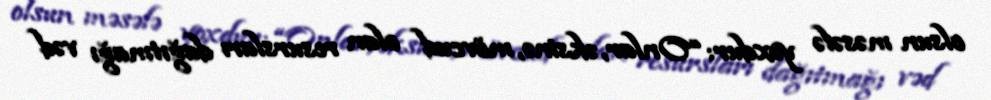
olsun məsələ yoxdur: “Onlar, əksinə, mövcud olan resursları dağıtmağı vəd